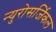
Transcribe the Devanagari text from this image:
न्युरोसर्जिकल